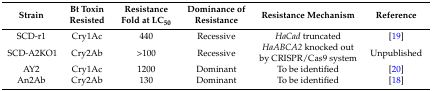
<table><thead><tr><td><b>Strain</b></td><td><b>Bt Toxin Resisted</b></td><td><b>Resistance Fold at LC<sub>50</sub></b></td><td><b>Dominance of Resistance</b></td><td><b>Resistance Mechanism</b></td><td><b>Reference</b></td></tr></thead><tbody><tr><td>SCD-r1</td><td>Cry1Ac</td><td>440</td><td>Recessive</td><td><i>HaCad</i> truncated</td><td>[19]</td></tr><tr><td>SCD-A2KO1</td><td>Cry2Ab</td><td>&gt;100</td><td>Recessive</td><td><i>HaABCA2</i> knocked out by CRISPR/Cas9 system</td><td>Unpublished</td></tr><tr><td>AY2</td><td>Cry1Ac</td><td>1200</td><td>Dominant</td><td>To be identified</td><td>[20]</td></tr><tr><td>An2Ab</td><td>Cry2Ab</td><td>130</td><td>Dominant</td><td>To be identified</td><td>[18]</td></tr></tbody></table>